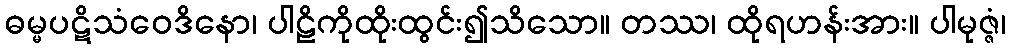
ဓမ္မပဋိသံဝေဒိနော၊ ပါဠိကိုထိုးထွင်း၍သိသော။ တဿ၊ ထိုရဟန်းအား။ ပါမုဇ္ဇံ၊